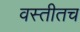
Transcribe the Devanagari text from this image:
वस्तीतच